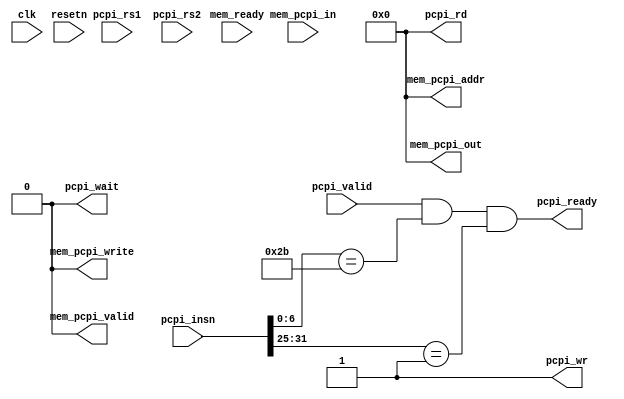
module GCD_PCPI(
	input			  clk, resetn,
	input             pcpi_valid,
	input      [31:0] pcpi_insn,
	input      [31:0] pcpi_rs1,
	input      [31:0] pcpi_rs2,
	input      [7:0]  mem_pcpi_in,
	input             mem_ready,
	output            mem_pcpi_valid,
	output            mem_pcpi_write,
	output     [31:0] mem_pcpi_addr,
	output     [31:0] mem_pcpi_out,
	output            pcpi_wr,
	output     [31:0] pcpi_rd,
	output            pcpi_wait,
	output            pcpi_ready
);

	//PCPI memory interface, you shouldn't bother about it for now!!!
	assign mem_pcpi_write = 0;
	assign mem_pcpi_valid = 0;
	assign mem_pcpi_addr = 0;
	assign mem_pcpi_out = 0;

	wire pcpi_insn_valid = pcpi_valid && pcpi_insn[6:0] == 7'b0101011 && pcpi_insn[31:25] == 7'b0000001;

	//TODO: PCPI interface. Modify these values to fit your needs
	assign pcpi_wr = 1;
	assign pcpi_wait = 0;
	assign pcpi_ready = pcpi_insn_valid;
	assign pcpi_rd = 0;

	//TODO: Implement your GCD design here using successive subtraction method only



endmodule